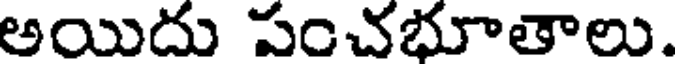
అయిదు పంచభూతాలు.